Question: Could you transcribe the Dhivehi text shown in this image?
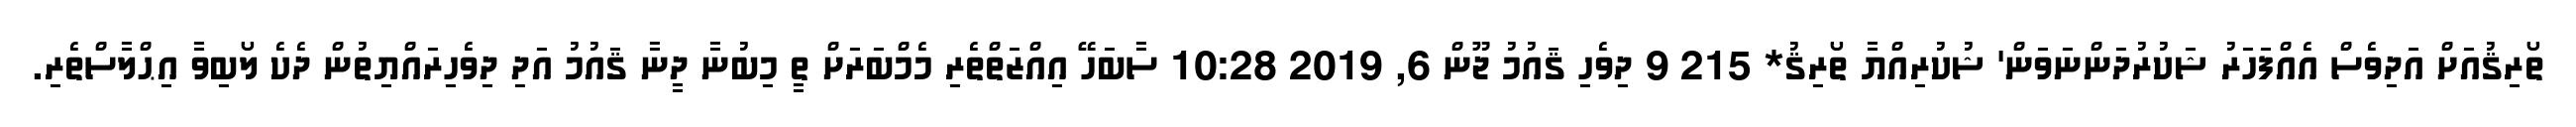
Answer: ތޯރިޤުއަށް އަދިވެސް އެއްފަހަރު ޝަކުރުދަންނަވަން' ޝުކުރިއްޔާ ތޯރިޤު* 215 9 ދިވެހި ޤައުމު ޖޫން 6, 2019 10:28 ސާބަހޭ އިއްޒަތްތެރި މެމްބަރަށް ތީ މިބުނާ ދީނާ ޤައުމު އަދި ދިވެހިރައްޔިތުން ދެކެ ލޯބިވާ އިޙްލާސްތެރި.